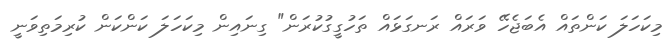
މިކަހަލަ ކަންތައް އެބަޖެހޭ ވަރައް ރަނގަޅައް ތަހުގީގުކުރަން" ގިނައިން މިކަހަލަ ކަންކަން ކުރިމަތިވަނީ